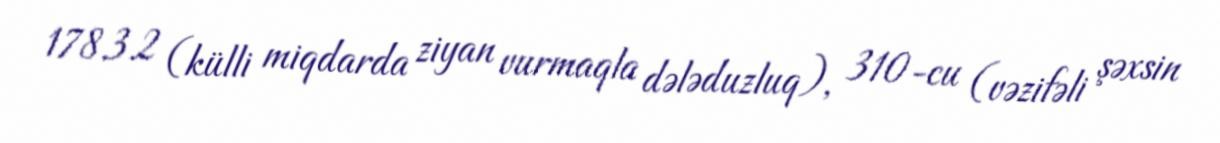
178.3.2 (külli miqdarda ziyan vurmaqla dələduzluq), 310-cu (vəzifəli şəxsin